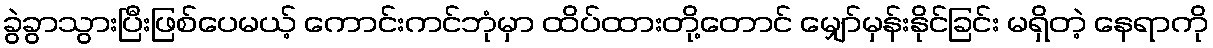
ခွဲခွာသွားပြီးဖြစ်ပေမယ့် ကောင်းကင်ဘုံမှာ ထိပ်ထားတို့တောင် မျှော်မှန်းနိုင်ခြင်း မရှိတဲ့ နေရာကို